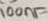
Text: 100nF